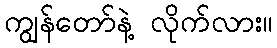
ကျွန်တော်နဲ့ လိုက်လား။